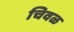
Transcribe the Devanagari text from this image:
चिवळ